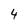
Character: 4